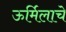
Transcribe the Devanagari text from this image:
ऊर्मिलाचे